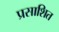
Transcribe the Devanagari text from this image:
प्रसाशित